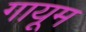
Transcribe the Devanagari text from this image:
गायूम